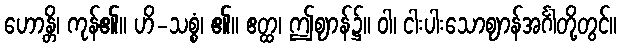
ဟောန္တိ၊ ကုန်၏။ ဟိ-သစ္စံ၊ ၏။ ဧတ္ထ၊ ဤဈာန်၌။ ဝါ၊ ငါးပါးသောဈာန်အင်္ဂါတို့တွင်။